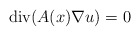
\begin{align*} \mbox{div}(A(x)\nabla u) = 0\end{align*}